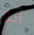
أتو